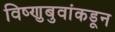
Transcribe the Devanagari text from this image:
विष्णुबुवांकडून